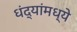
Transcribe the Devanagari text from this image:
धंद्यांमध्ये